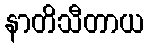
နာတိသီတာယ